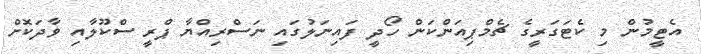
އެޓީމުން މި ކެޓަގަރީގެ ޗެމްޕިއަންކަން ހޯދީ ފައިނަލުގައި ނަސްރިއްޔާ ޕްރީ ސްކޫލާއި ވާދަކޮށް